Riigikantselei, lk 9
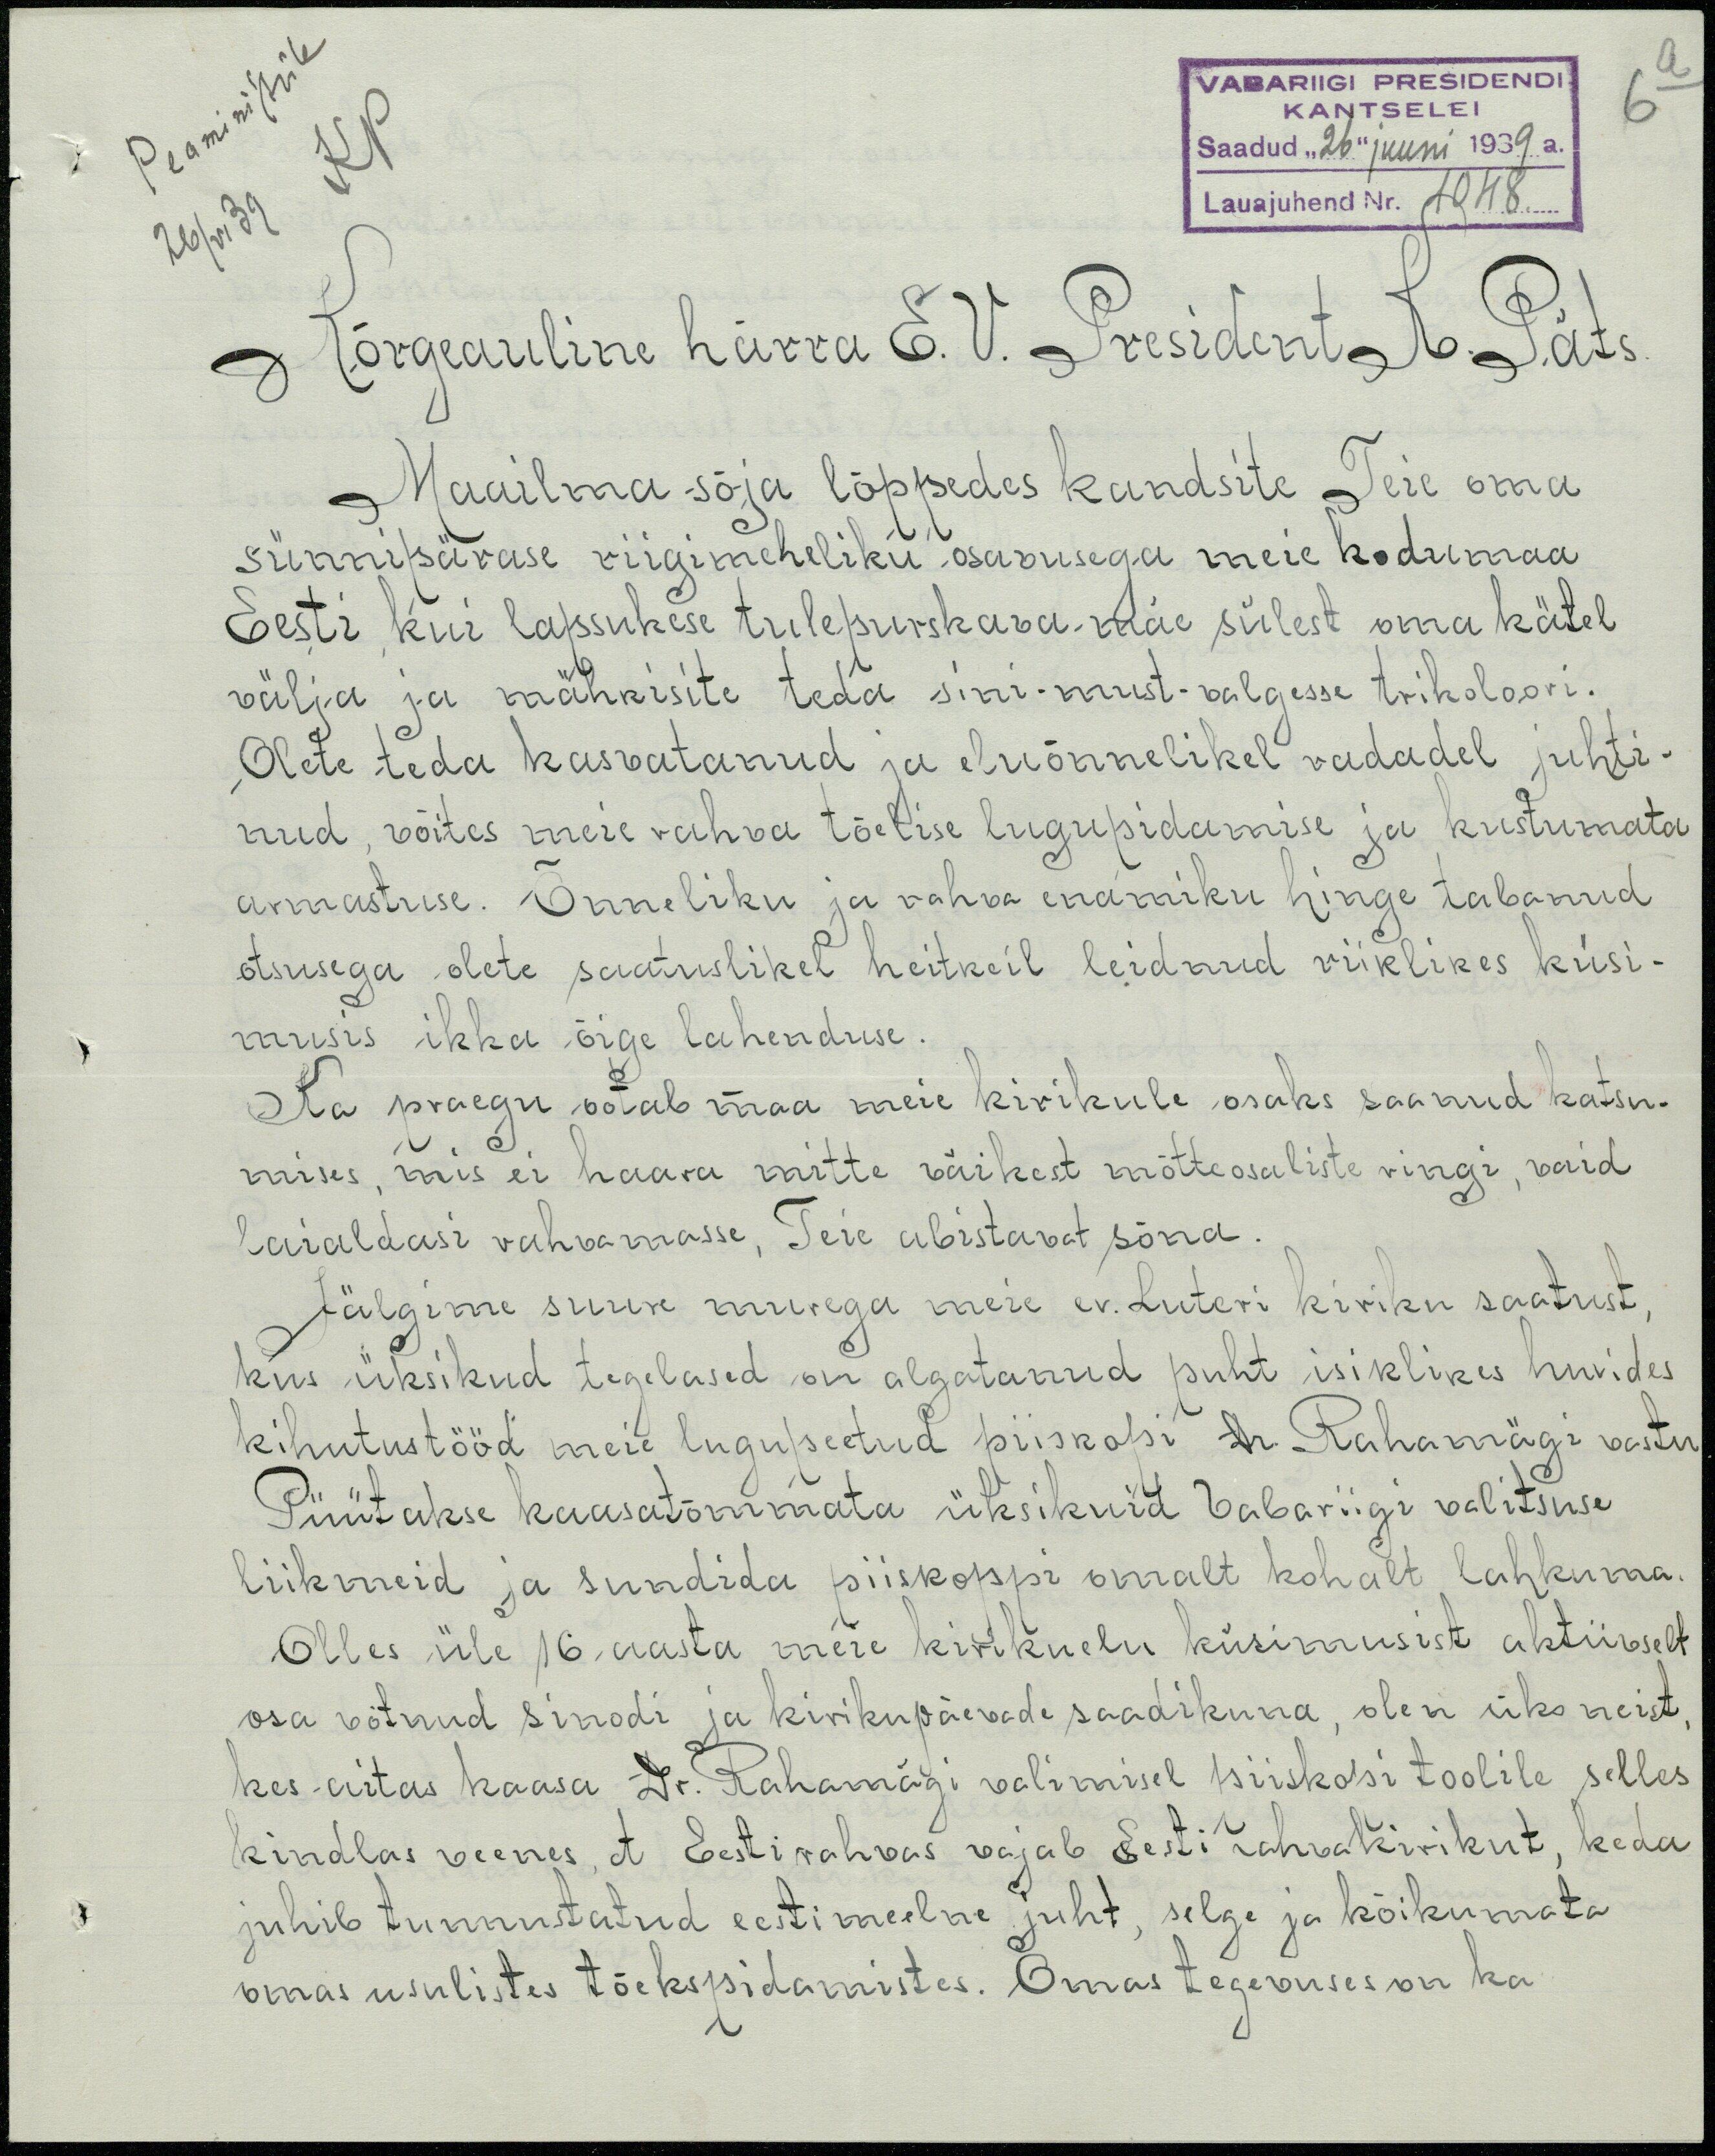
Peaministrile
VABARIIGI PRESIDENDI
KP
KANTSELEI
Saadud "26" juuni 1939 a.
26/VI 39
Lauajuhend Nr. 1048
Kõrgeauline härra E. V. President K. Päts
Maailma sõja lõppedes kandsite Teie oma
sünnipärase riigimeheliku osavusega meie kodumaa
Eesti kui lapsukese tulepurskava-mäe sülest oma kätel
välja ja mähkisite teda sini-must-valgesse trikoloori.
Olete teda kasvatanud ja eluõnnelikel radadel juhti-
nud, võites meie rahva tõelise lugupidamise ja kustumata
armastuse. Õnneliku ja rahva enamiku hinge tabanud
otsusega olete saatuslikel heitkeil leidnud riiklikes küsi-
musis ikka õige lahenduse.
Ka praegu ootab maa meie kirikule osaks saanud katsu-
mises, mis ei haava mitte väikest mõtteosaliste ringi, vaid
laialdasi rahvamasse, Teie abistavat sõna.
Jälgime suure murega meie ev. Luteri kiriku saatust,
kus üksikud tegelased on algatanud puht isiklikes huvides
kihutustööd meie lugupeetud piiskopi hr. Rahamägi vastu
Püütakse kaasatõmmata üksikuid Vabariigi valitsuse
liikmeid ja sundida piiskoppi omalt kohalt lahkuma.
Olles üle 16 aasta meie kirikuelu küsimusist aktiivselt
osa võtnud sinodi ja kirikupäevade saadikuna, olen üks neist
kes aitas kaasa Dr. Rahamägi valimisel piiskopi toolile selles
kindlas veenes, et Eesti rahvas vajab Eesti rahva kirikut, keda
juhib tunnutatud eestimeelne juht, selge ja kõikumata
omas usulistes tõekspidamistes. Omas tegevuses on ka